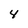
Character: 4